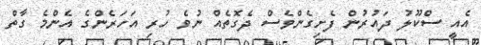
އެއީ ސްކޫލު ދައުރުން ފެށިގެންވެސް ދެގޮތެއް ނުވެ ހުރި އަހަރެންގެ އެންމެ ގާތް